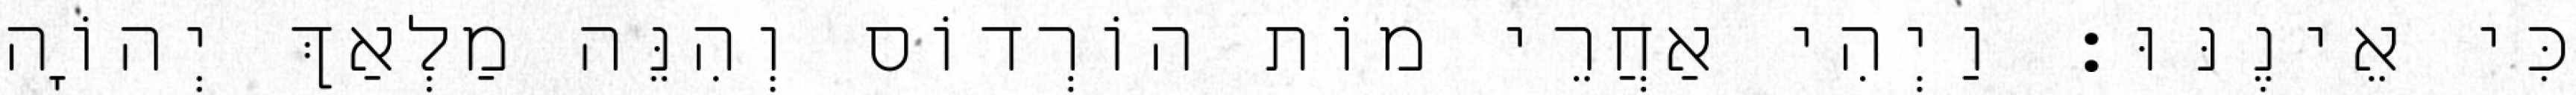
כִּי אֵינֶנּוּ׃ וַיְהִי אַחֲרֵי מוֹת הוֹרְדוֹס וְהִנֵּה מַלְאַךְ יְהוָֹה